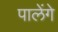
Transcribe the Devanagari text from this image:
पालेंगे